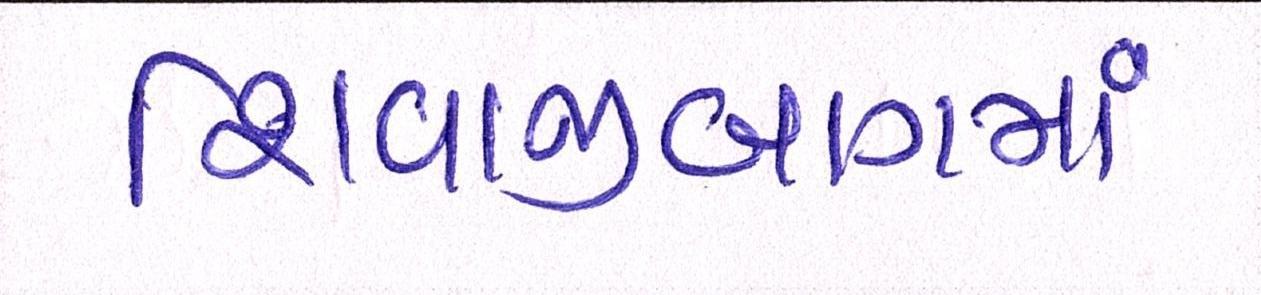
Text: શિવાજીબાગમાં